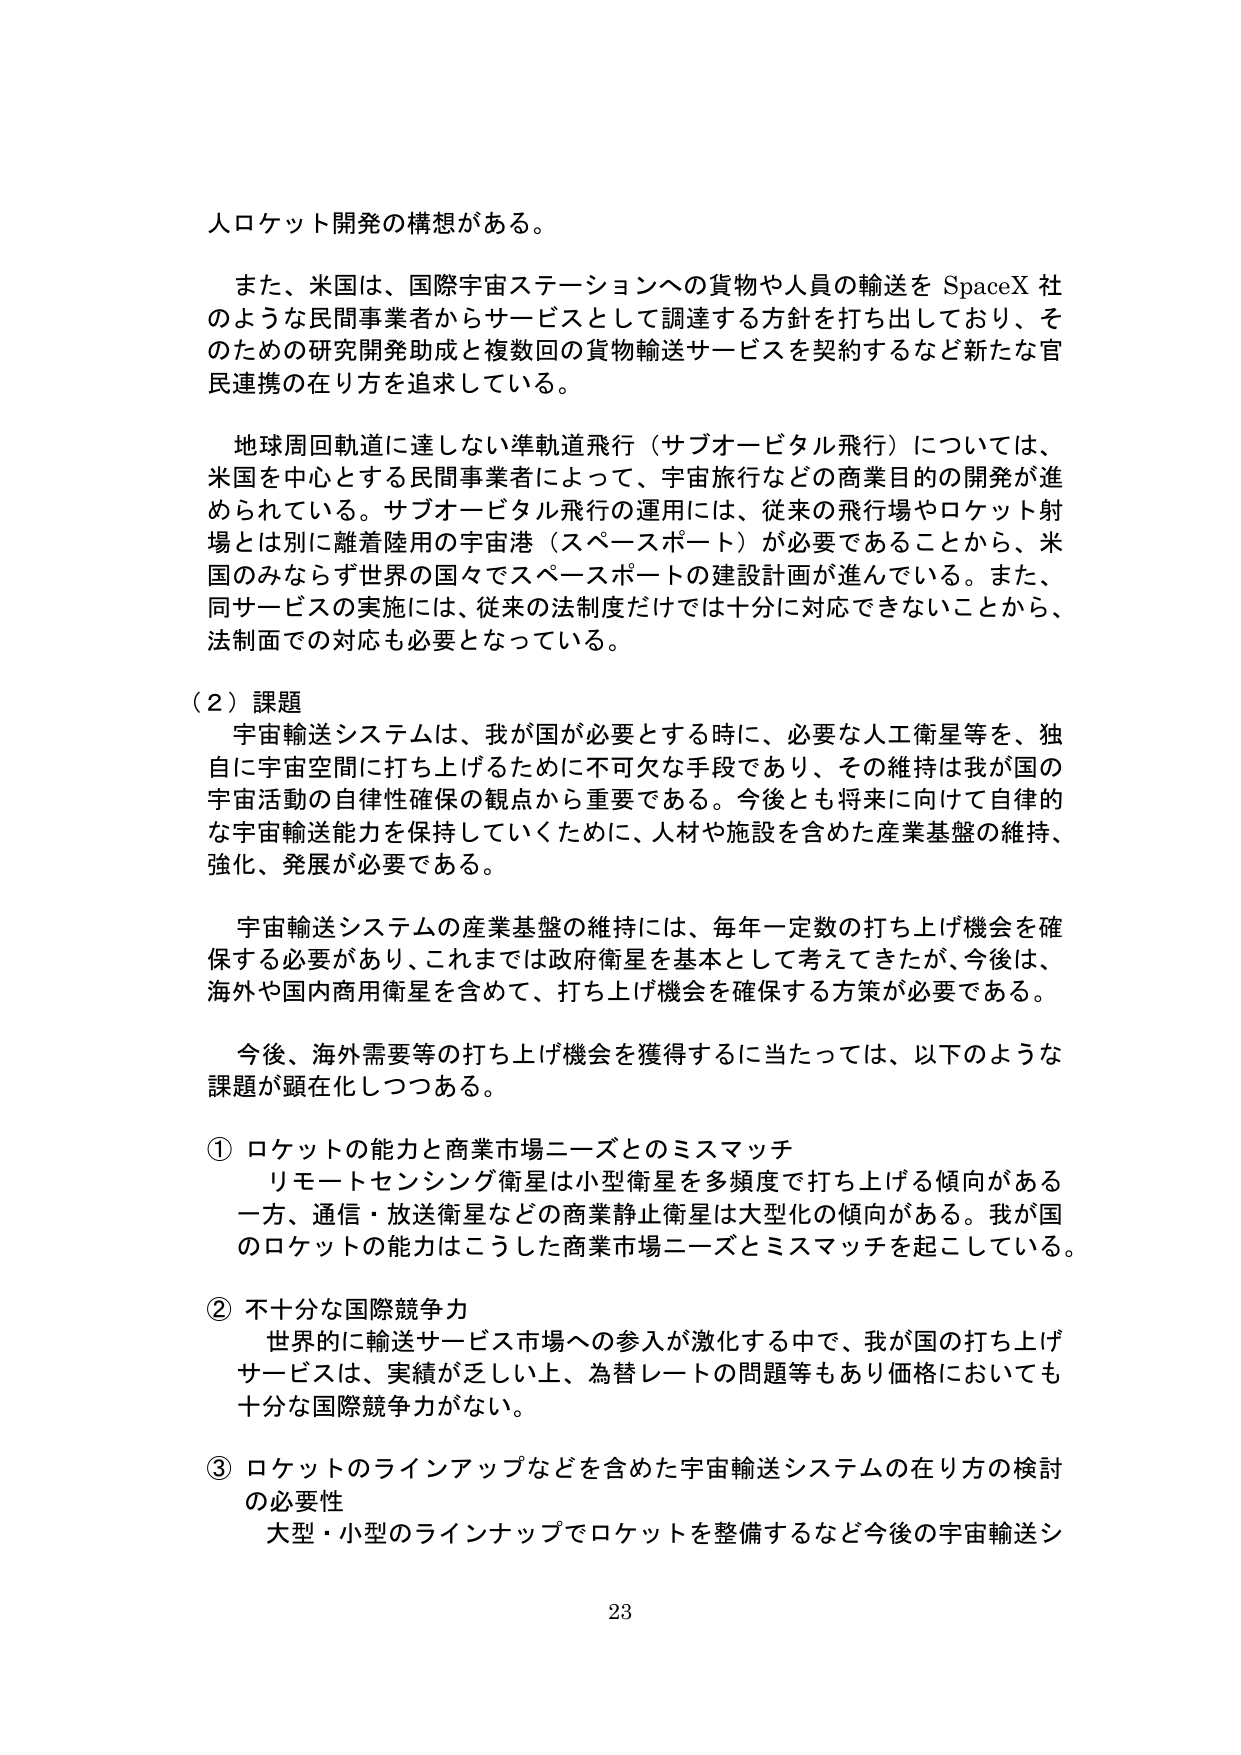
人口ケット開発の構想がある。

また、米国は、国際宇宙ステーションへの貨物や人員の輸送を SpaceX 社のような民間事業者からサービスとして調達する方針を打ち出しており、そのための研究開発助成と複数回の貨物輸送サービスを契約するなど新たな官民連携の在り方を追求している。

地球周回軌道に達しない準軌道飛行（サブオービタル飛行）については、米国を中心とする民間事業者によって、宇宙旅行などの商業目的の開発が進められている。サブオービタル飛行の運用には、従来の飛行場やロケット射場とは別に離着陸用の宇宙港（スペースポート）が必要であることから、米国のみならず世界の国々でスペースポートの建設計画が進んでいる。また、同サービスの実施には、従来の法制度だけでは十分に対応できないことから、法制面での対応も必要となっている。

（２）課題
宇宙輸送システムは、我が国が必要とする時に、必要な人工衛星等を、独自に宇宙空間に打ち上げるために不可欠な手段であり、その維持は我が国の宇宙活動の自律性確保の観点から重要である。今後とも将来に向けて自律的な宇宙輸送能力を保持していくために、人材や施設を含めた産業基盤の維持、強化、発展が必要である。

宇宙輸送システムの産業基盤の維持には、毎年一定数の打ち上げ機会を確保する必要があり、これまでは政府衛星を基本として考えてきたが、今後は、海外や国内商用衛星を含めて、打ち上げ機会を確保する方策が必要である。

今後、海外需要等の打ち上げ機会を獲得するに当たっては、以下のような課題が顕在化しつつある。

① ロケットの能力と商業市場ニーズとのミスマッチ
リモートセンシング衛星は小型衛星を多頻度で打ち上げる傾向がある一方、通信・放送衛星などの商業静止衛星は大型化の傾向がある。我が国のロケットの能力はこうした商業市場ニーズとミスマッチを起こしている。

② 不十分な国際競争力
世界的に輸送サービス市場への参入が激化する中で、我が国の打ち上げサービスは、実績が乏しい上、為替レートの問題等もあり価格においても十分な国際競争力がない。

③ ロケットのラインアップなどを含めた宇宙輸送システムの在り方の検討の必要性
大型・小型のラインナップでロケットを整備するなど今後の宇宙輸送シ

23